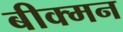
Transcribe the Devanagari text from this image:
बीक्मन